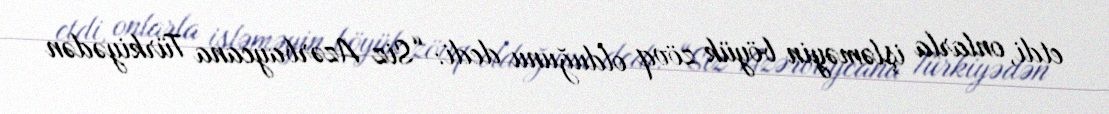
etdi, onlarla işləməyin böyük zövq olduğunu dedi: “Siz Azərbaycana Türkiyədən